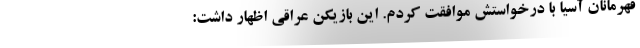
قهرمانان آسیا با درخواستش موافقت کردم. این بازیکن عراقی اظهار داشت: